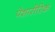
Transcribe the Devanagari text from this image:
पेशारीरिक